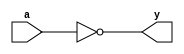
module not_gate(
    input wire a,
    output wire y
);

assign y = ~a;

endmodule